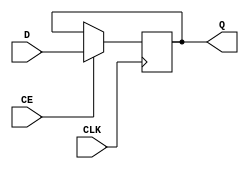
module myDFFE (output reg Q, input D, CLK, CE);
	parameter [0:0] INIT = 1'b0;
	initial Q = INIT;
	always @(posedge CLK) begin
		if (CE)
			Q <= D;
	end
endmodule